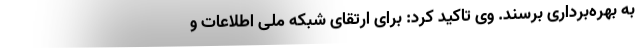
به بهره‌برداری برسند. وی تاکید کرد: برای ارتقای شبکه ملی اطلاعات و